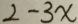
2 - 3 x